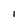
Character: 1